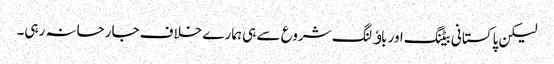
لیکن پاکستانی بیٹنگ اور باﺅلنگ شروع سے ہی ہمارے خلاف جارحانہ رہی۔